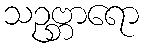
သဥဗ္ဘာရော